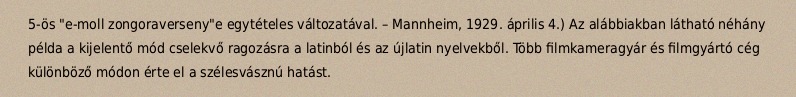
5-ös "e-moll zongoraverseny"e egytételes változatával. – Mannheim, 1929. április 4.) Az alábbiakban látható néhány példa a kijelentő mód cselekvő ragozásra a latinból és az újlatin nyelvekből. Több filmkameragyár és filmgyártó cég különböző módon érte el a szélesvásznú hatást.